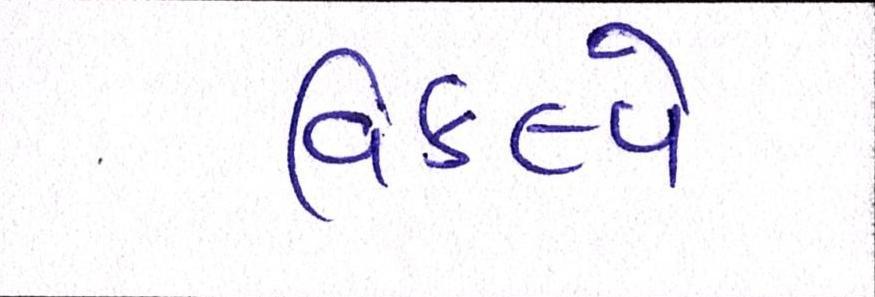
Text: વિકલ્પે